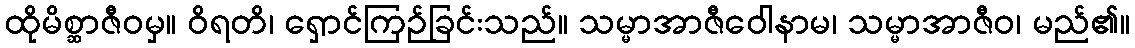
ထိုမိစ္ဆာဇီဝမှ။ ဝိရတိ၊ ရှောင်ကြဉ်ခြင်းသည်။ သမ္မာအာဇီဝေါနာမ၊ သမ္မာအာဇီဝ၊ မည်၏။